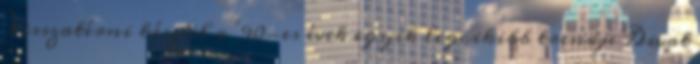
Visszatérni készül a '90-es évek egyik legcikibb trendje Divat